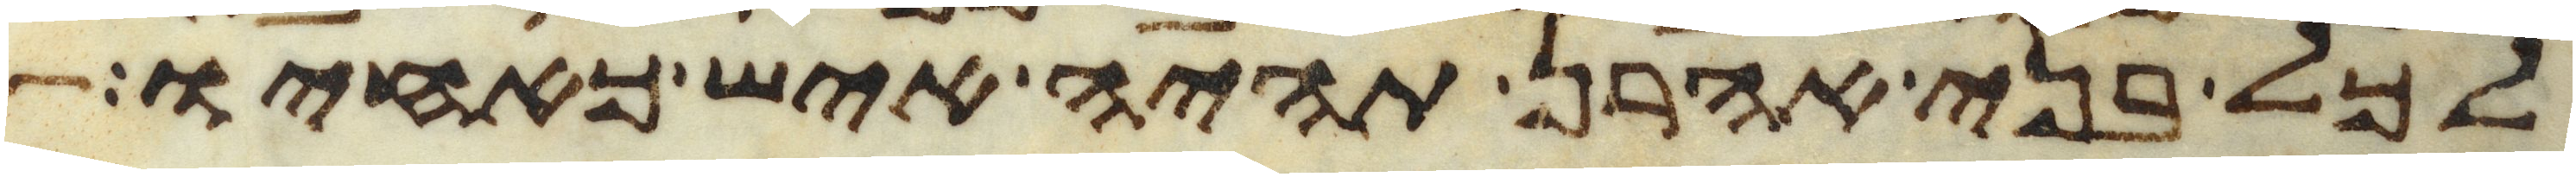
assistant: לכל בני אהרן תהיה איש כאחיו